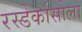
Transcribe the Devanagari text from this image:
रस्डेर्कासोला